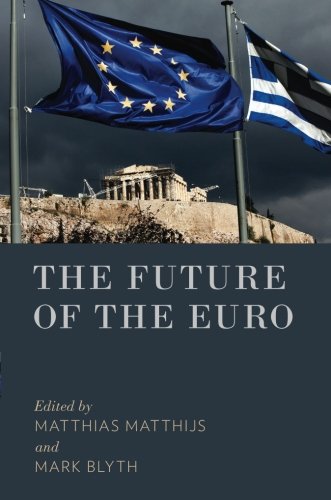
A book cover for The Future of the Euro; Business & Money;